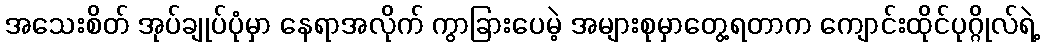
အသေးစိတ် အုပ်ချုပ်ပုံမှာ နေရာအလိုက် ကွာခြားပေမဲ့ အများစုမှာတွေ့ရတာက ကျောင်းထိုင်ပုဂ္ဂိုလ်ရဲ့